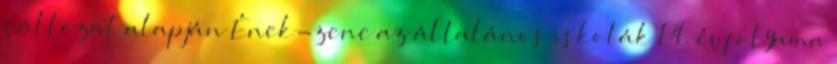
változat alapján Ének-zene az általános iskolák 1 4. évfolyama